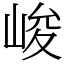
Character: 峻